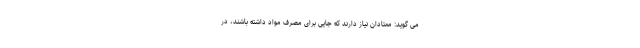
می گوید: معتادان نیاز دارند که جایی برای مصرف مواد داشته باشند، در